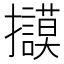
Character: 𢺀